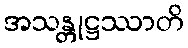
အသန္တုဋ္ဌဿာတိ